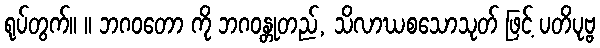
ရုပ်တွက်။ ။ ဘဂဝတော ကို ဘဂဝန္တုတည်, သိလာဃစသောသုတ် ဖြင့် ပတိပုဗ္ဗ